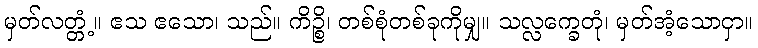
မှတ်လတ္တံ့။ ဧသ ဧသော၊ သည်။ ကိဉ္စိ၊ တစ်စုံတစ်ခုကိုမျှ။ သလ္လက္ခေတုံ၊ မှတ်အံ့သောငှာ။